Annual statistical returns and brief notes on vaccination in Bengal - 1909-1929
Year: 1909
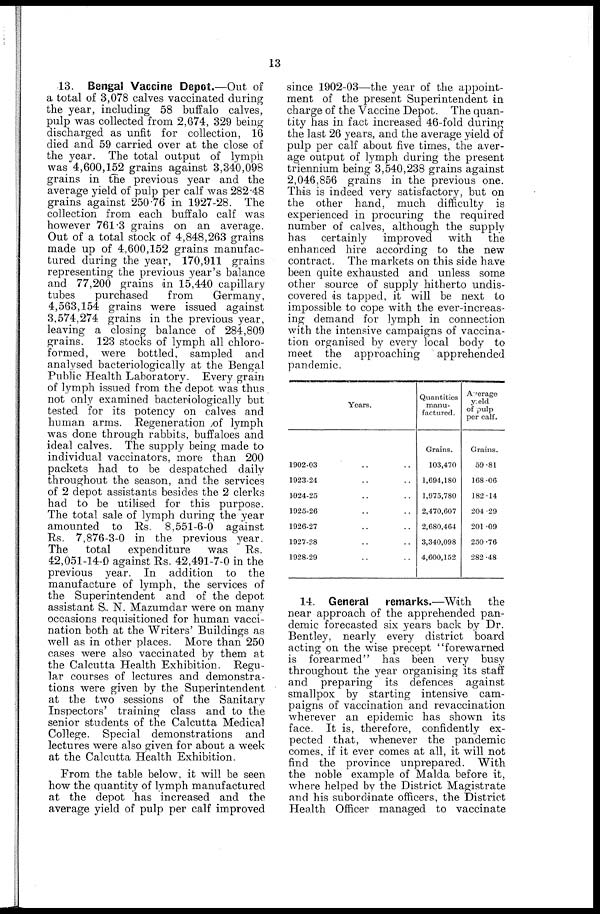
13
13. Bengal Vaccine Depot.—Out of
a total of 3,078 calves vaccinated during
the year, including 58 buffalo calves,
pulp was collected from 2,674, 329 being
discharged as unfit for collection, 16
died and 59 carried over at the close of
the year. The total output of lymph
was 4,600,152 grains against 3,340,098
grains in the previous year and the
average yield of pulp per calf was 282.48
grains against 250.76 in 1927-28. The
collection from each buffalo calf was
however 761.3 grains on an average.
Out of a total stock of 4,848,263 grains
made up of 4,600,152 grains manufac-
tured during the year, 170,911 grains
representing the previous year's balance
and 77,200 grains in 15,440 capillary
tubes
purchased
from
Germany,
4,563,154 grains were issued against
3,574,274 grains in the previous year,
leaving a closing balance of 284,809
grains. 123 stocks of lymph all chloro-
formed, were bottled, sampled and
analysed bacteriologically at the Bengal
Public Health Laboratory. Every grain
of lymph issued from the depot was thus
not only examined bacteriologically but
tested for its potency on calves and
human arms. Regeneration of lymph
was done through rabbits, buffaloes and
ideal calves. The supply being made to
individual vaccinators, more than 200
packets had to be despatched daily
throughout the season, and the services
of 2 depot assistants besides the 2 clerks
had to be utilised for this purpose.
The total sale of lymph during the year
amounted to Rs. 8,551-6-0 against
Rs. 7,876-3-0 in the previous year.
The
total
expenditure
was
Rs.
42,051-14-0 against Rs. 42,491-7-0 in the
previous year. In addition to the
manufacture of lymph, the services of
the Superintendent and of the depot
assistant S.. N. Mazumdar were on many
occasions requisitioned for human vacci-
nation both at the Writers' Buildings as
well as in other places. More than 250
cases were also vaccinated by them at
the Calcutta Health Exhibition. Regu-
lar courses of lectures and demonstra-
tions were given by the Superintendent
at the two sessions of the Sanitary
Inspectors' training class and to the
senior students of the Calcutta Medical
College. Special demonstrations and
lectures were also given for about a week
at the Calcutta Health Exhibition.
From the table below, it will be seen
how the quantity of lymph manufactured
at the depot has increased and the
average yield of pulp per calf improved
since 1902-03—the year of the appoint-
ment of the present Superintendent in
charge of the Vaccine Depot. The quan-
tity has in fact increased 46-fold during
the last 26 years, and the average yield of
pulp per calf about five times, the aver-
age output of lymph during the present
triennium being 3,540,238 grains against
2,046,856 grains in the previous one.
This is indeed very satisfactory, but on
the other hand, much difficulty is
experienced in procuring the required
number of calves, although the supply
has certainly improved with
the
enhanced hire according to the new
contract. The markets on this side have
been quite exhausted and unless some
other source of supply hitherto undis-
covered is tapped, it will be next to
impossible to cope with the ever-increas-
ing demand for lymph in connection
with the intensive campaigns of vaccina-
tion organised by every local body to
meet the approaching
apprehended
pandemic.
Years.
1902-03 .. ..
1923-24 .. ..
1924-25 .. ..
1925-26 .. ..
1926-27 .. ..
1927-28 .. ..
1928-29 .. ..
Quantities
manu-
factured.
Grains.
103,470
1,694,180
1,975,780
2,470,607
2,680,464
3,340,098
4,600,152
Average
yield
of pulp
per calf.
Grains.
59.81
168.06
182.14
204.29
201.09
250.76
282.48
14. General
remarks.—With
the
near approach of the apprehended pan-
demic forecasted six years back by Dr.
Bentley, nearly every district board
acting on the wise precept "forewarned
is forearmed" has been very busy
throughout the year organising its staff
and preparing its defences against
smallpox by starting intensive cam-
paigns of vaccination and revaccination
wherever an epidemic has shown its
face. It is, therefore, confidently ex-
pected that, whenever the pandemic
comes, if it ever comes at all, it will not
find the province unprepared. With
the noble example of Malda before it,
where helped by the District Magistrate
and his subordinate officers, the District
Health Officer managed to vaccinate